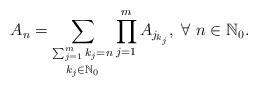
LaTeX: \begin{align*}A_n=\underset{k_j\in\mathbb{N}_0}{\sum_{\sum_{j=1}^{m}k_j=n}}\prod_{j=1}^{m}A_{j_{k_j}},\ \forall\ n\in\mathbb{N}_0.\end{align*}